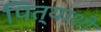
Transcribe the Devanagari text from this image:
पित्याशी